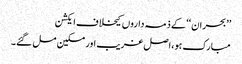
’’بحران‘‘ کے ذمہ داروں کیخلاف ایکشن
مبارک ہو،اصل غریب اور مسکین مل گئے۔